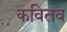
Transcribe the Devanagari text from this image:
कवितव